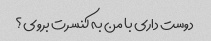
دوست داری با من به کنسرت بروی؟